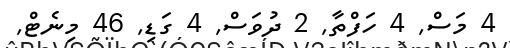
4 މަސް